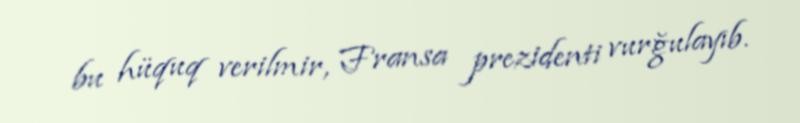
bu hüquq verilmir, Fransa prezidenti vurğulayıb.